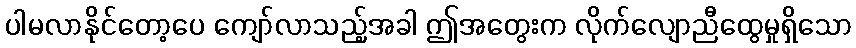
ပါမလာနိုင်တော့ပေ ကျော်လာသည့်အခါ ဤအတွေးက လိုက်လျောညီထွေမှုရှိသော